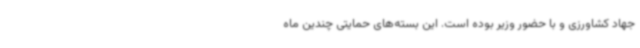
جهاد کشاورزی و با حضور وزیر بوده است. این بسته‌های حمایتی چندین ماه